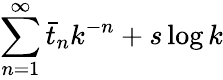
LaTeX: \sum_{n=1}^{\infty}\bar{t}_{n}k^{-n}+s\log k